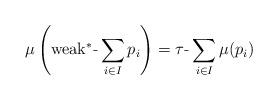
LaTeX: \begin{align*}\mu\left(\hbox{weak$^*$-}\sum\limits_{i\in I} p_i\right) =\hbox{$\tau$-}\sum\limits_{i\in I}\mu(p_i)\end{align*}